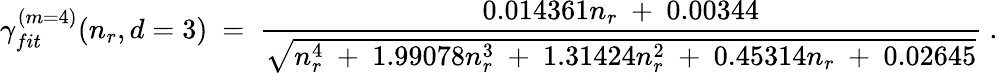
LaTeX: \gamma_{fit}^{(m=4)}(n_{r},d=3)\ =\ \frac{0.014361n_{r}\ +\ 0.00344}{\sqrt{n_{r}^{4}\ +\ 1.99078n_{r}^{3}\ +\ 1.31424n_{r}^{2}\ +\ 0.45314n_{r}\ +\ 0.02645}}\ .